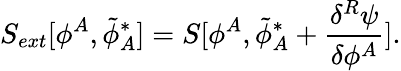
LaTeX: S_{ext}[\phi^{A},{\tilde{\phi}}_{A}^{*}]=S[\phi^{A},{\tilde{\phi}}_{A}^{*}+\frac{\delta^{R}\psi}{\delta\phi^{A}}].